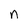
Character: n